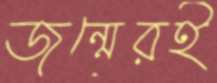
জন্মেরই